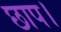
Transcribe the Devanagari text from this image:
छाप।